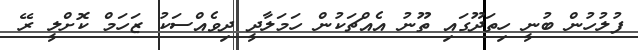
ފުލުހުން ބުނީ ހިތަދޫގައި ތޫނު އެއްޗަކުން ހަމަލާދީ ދިވެއްސަކު ޒަހަމް ކޮށްލީ ރޭ